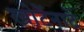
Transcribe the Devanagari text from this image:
खोटेंनाटें